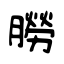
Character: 朥